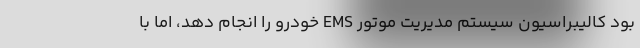
بود کالیبراسیون سیستم مدیریت موتور EMS خودرو را انجام دهد، اما با